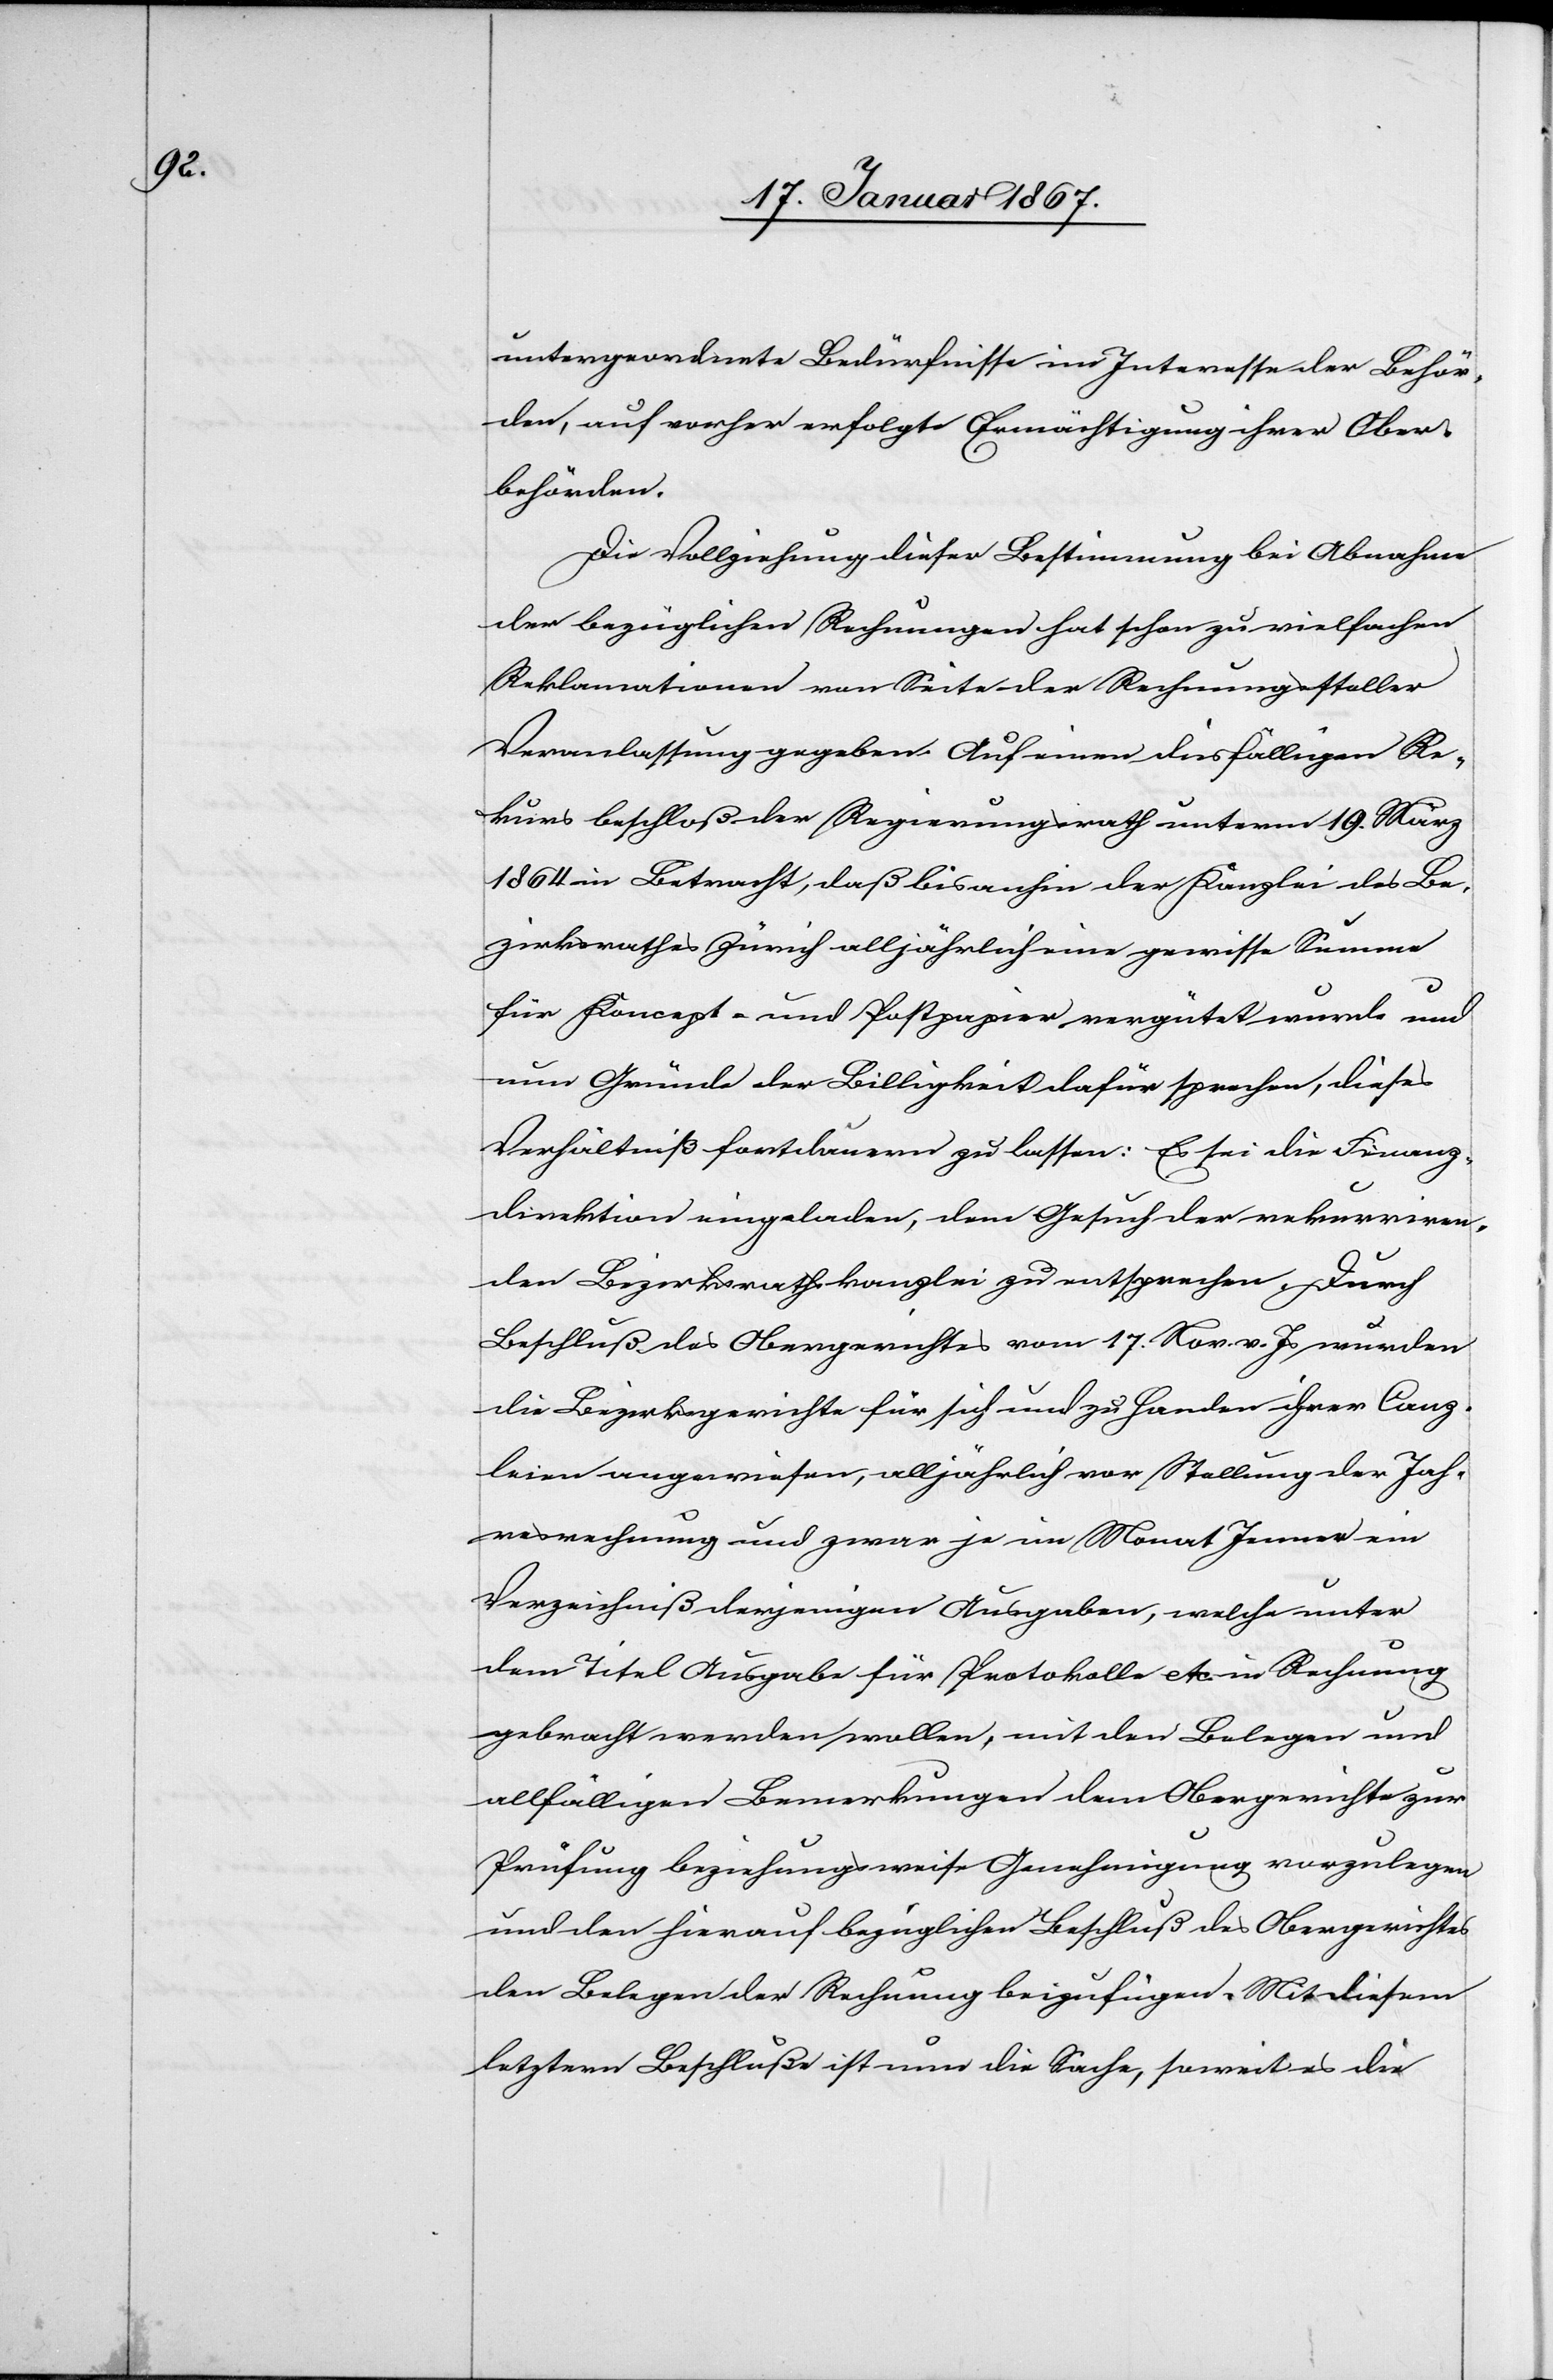
untergeordnete Bedürfnisse im Interesse der Behör¬
den, auf vorher erfolgte Ermächtigung ihrer Ober¬
behörden.
Die Vollziehung dieser Bestimmung bei Abnahme
der bezüglichen Rechnungen hat schon zu vielfachen
Reklamationen von Seite der Rechnungssteller
Veranlassung gegeben. Auf einen diesfälligen Re¬
kurs beschloß der Regierungsrath unterm 19. März
1864 in Betracht, daß bis anhin der Kanzlei des Be¬
zirksrathes Zürich alljährlich eine gewisse Summe
für Koncept- und Postpapier vergütet wurde und
nur Gründe der Billigkeit dafür sprechen, dieses
Verhältniß fortdauern zu lassen: Es sei die Finanz¬
direktion eingeladen, dem Gesuch der rekurriren¬
den Bezirksrathskanzlei zu entsprechen. Durch
Beschluß des Obergerichtes vom 17. Nov. v. Js wurden
die Bezirksgerichte für sich und zu Handen ihrer Canz¬
leien angewiesen, alljährlich vor Stellung der Jah¬
resrechnung und zwar je im Monat Jenner ein
Verzeichniß derjenigen Ausgaben, welche unter
dem Titel Ausgaben für Protokolle etc. in Rechnung
gebracht werden wollen, mit den Belegen und
allfälligen Bemerkungen dem Obergerichte zur
Prüfung beziehungsweise Genehmigung vorzulegen
und den hierauf bezüglichen Beschluß des Obergerichtes
den Belegen der Rechnung beizufügen. Mit diesem
letztern Beschluße ist nun die Sache, soweit es die